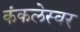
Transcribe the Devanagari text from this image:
कंकलेस्वर